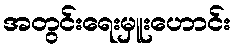
အတွင်းရေးမှူးဟောင်း